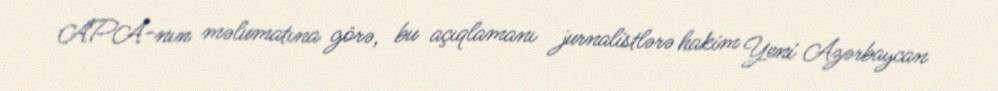
APA-nın məlumatına görə, bu açıqlamanı jurnalistlərə hakim Yeni Azərbaycan